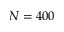
N = 4 0 0